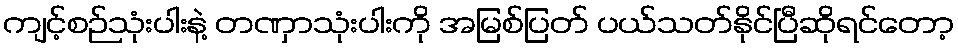
ကျင့်စဉ်သုံးပါးနဲ့ တဏှာသုံးပါးကို အမြစ်ပြတ် ပယ်သတ်နိုင်ပြီဆိုရင်တော့